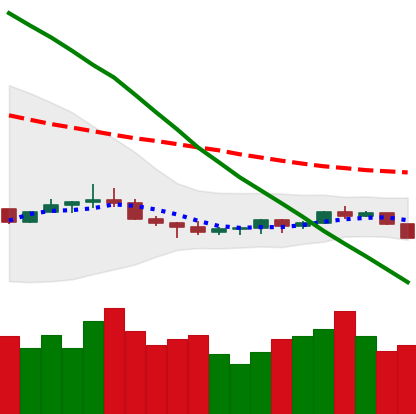
Ticker: ETC-USD
Chart end date: 2022-07-11
Forward return: 21.424%
Label: up_7plus